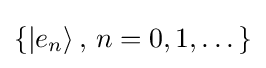
\{|e_{n}\rangle \,,\,n=0,1,\dots \}